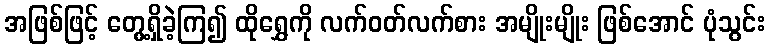
အဖြစ်ဖြင့် တွေ့ရှိခဲ့ကြ၍ ထိုရွှေကို လက်ဝတ်လက်စား အမျိုးမျိုး ဖြစ်အောင် ပုံသွင်း